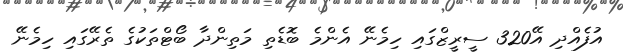
އުފެއްދި އޭ320 ސީރީޒްގައި ހިމެނޭ އެންމެ ބޮޑެތި މަތިންދާ ބޯޓްތަކުގެ ތެރޭގައި ހިމެނޭ